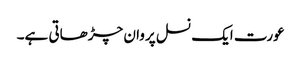
عورت ایک نسل پروان چڑھاتی ہے۔